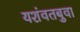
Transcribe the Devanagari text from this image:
यशंवतबुवा